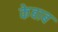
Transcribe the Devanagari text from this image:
केबाब